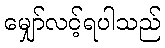
မျှော်လင့်ရပါသည်